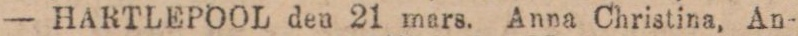
— HARTLEPOOL den 21 mars. Anna Christina, An-